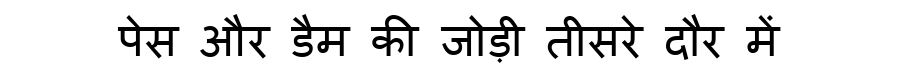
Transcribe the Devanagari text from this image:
पेस और डैम की जोड़ी तीसरे दौर में